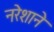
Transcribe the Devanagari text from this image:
नरेशाने